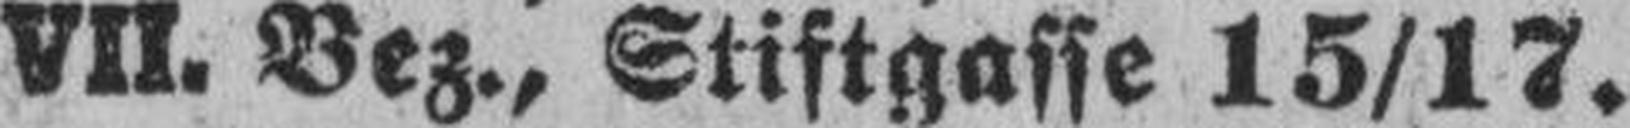
VII. Bez., Stiftgasse 15/17.